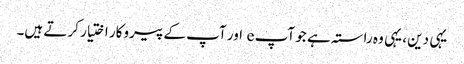
یہی دین ، یہی وہ راستہ ہے جو آپ e اور آپ کے پیروکار اختیار کرتے ہیں۔